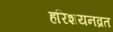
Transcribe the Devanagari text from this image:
हरिशयनव्रत